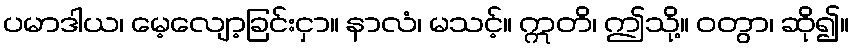
ပမာဒါယ၊ မေ့လျော့ခြင်းငှာ။ နာလံ၊ မသင့်။ ဣတိ၊ ဤသို့။ ဝတွာ၊ ဆို၍။